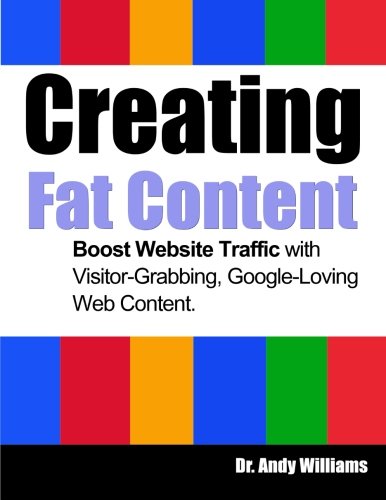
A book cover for Creating Fat Content: Boost Website Traffic with Visitor-Grabbing, Google-Loving Web Content (Webmaster Series) (Volume 7); Dr. Andy Williams; Computers & Technology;